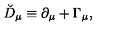
\breve { D } _ { \mu } \equiv \partial _ { \mu } + \Gamma _ { \mu } ,